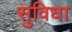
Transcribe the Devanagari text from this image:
सुविधा